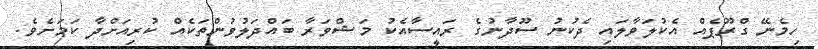
ހިމެނޭ ގްރޫޕެއް އެކުލަވާލައި ދެކުނު ސޫދާނުގެ ރައީސާއެކު މަޝްވަރާ ބައްދަލުވުންތަކެއް ކުރިއަށްދާ ކަމަށެވެ.